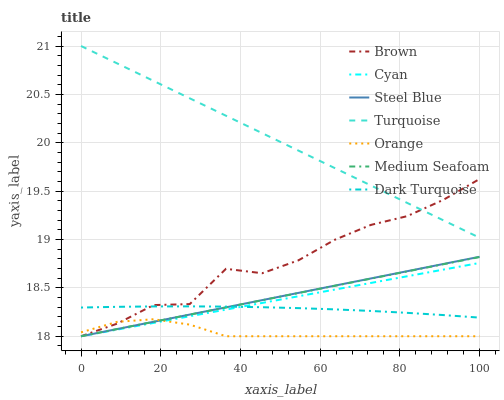
| xaxis_label | Brown | Cyan | Steel Blue | Turquoise | Orange | Medium Seafoam | Dark Turquoise |
 | --- | --- | --- | --- | --- | --- | --- | --- |
 | 0 | 18 | 18 | 18 | 21 | 18 | 18 | 18.3 |
 | 9.09 | 18.1 | 18.1 | 18.1 | 20.8 | 18.1 | 18.1 | 18.3 |
 | 18.2 | 18.3 | 18.1 | 18.1 | 20.6 | 18.2 | 18.1 | 18.3 |
 | 27.3 | 18.3 | 18.2 | 18.2 | 20.5 | 18.1 | 18.2 | 18.3 |
 | 36.4 | 18.7 | 18.3 | 18.3 | 20.3 | 18 | 18.3 | 18.3 |
 | 45.5 | 18.7 | 18.3 | 18.4 | 20.1 | 18 | 18.4 | 18.3 |
 | 54.5 | 18.8 | 18.4 | 18.4 | 19.9 | 18 | 18.4 | 18.3 |
 | 63.6 | 19 | 18.5 | 18.5 | 19.7 | 18 | 18.5 | 18.3 |
 | 72.7 | 19.2 | 18.6 | 18.6 | 19.6 | 18 | 18.6 | 18.3 |
 | 81.8 | 19.2 | 18.6 | 18.7 | 19.4 | 18 | 18.7 | 18.2 |
 | 90.9 | 19.4 | 18.7 | 18.7 | 19.2 | 18 | 18.7 | 18.2 |
 | 100 | 19.6 | 18.8 | 18.8 | 19 | 18 | 18.8 | 18.2 |